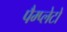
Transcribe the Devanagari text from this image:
पैम्प्लेटों